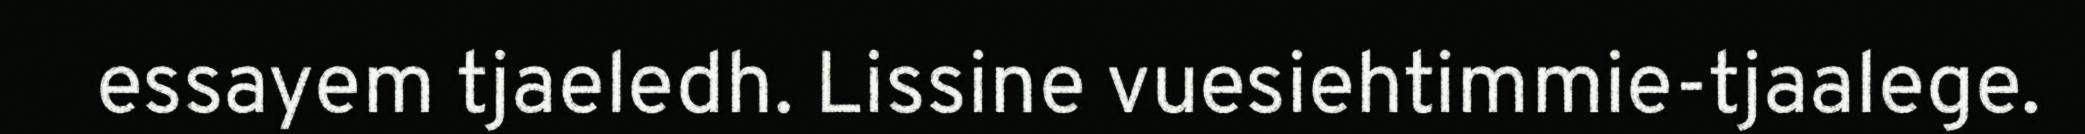
essayem tjaeledh. Lissine vuesiehtimmie-tjaalege.